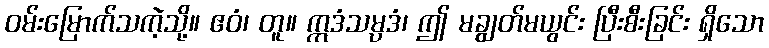
ဝမ်းမြောက်သကဲ့သို့။ ဧဝံ၊ တူ။ ဣဒံသမ္ပဒံ၊ ဤ မချွတ်မယွင်း ပြီးစီးခြင်း ရှိသော